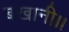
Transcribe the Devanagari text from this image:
बखानी।।